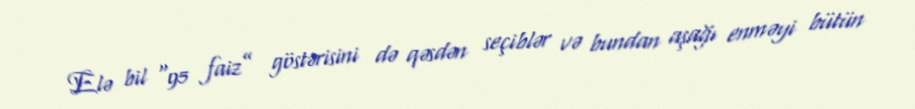
Elə bil “95 faiz” göstərisini də qəsdən seçiblər və bundan aşağı enməyi bütün